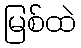
မြစ်ထဲ